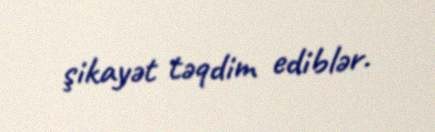
şikayət təqdim ediblər.